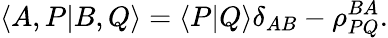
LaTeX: \langle A,P|B,Q\rangle=\langle P|Q\rangle\delta_{AB}-\rho_{PQ}^{BA}.